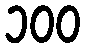
၁၀၀